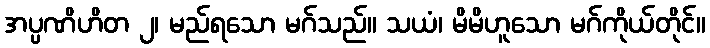
အပ္ပဏိဟိတ ၂၊ မည်ရသော မဂ်သည်။ သယံ၊ မိမိဟူသော မဂ်ကိုယ်တိုင်။